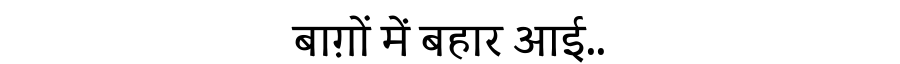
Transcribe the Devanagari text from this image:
बाग़ों में बहार आई..